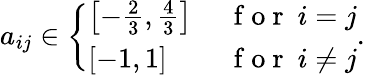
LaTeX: \begin{array}{r}{a_{ij}\in\left\{ \begin{array}{ll}{\left[-\frac{2}{3},\frac{4}{3}\right]\ }&{\mathrm{~f~o~r~}\ i=j}\\ {\left[-1,1\right]\ }&{\mathrm{~f~o~r~}\ i\neq j}\end{array}\right..}\end{array}